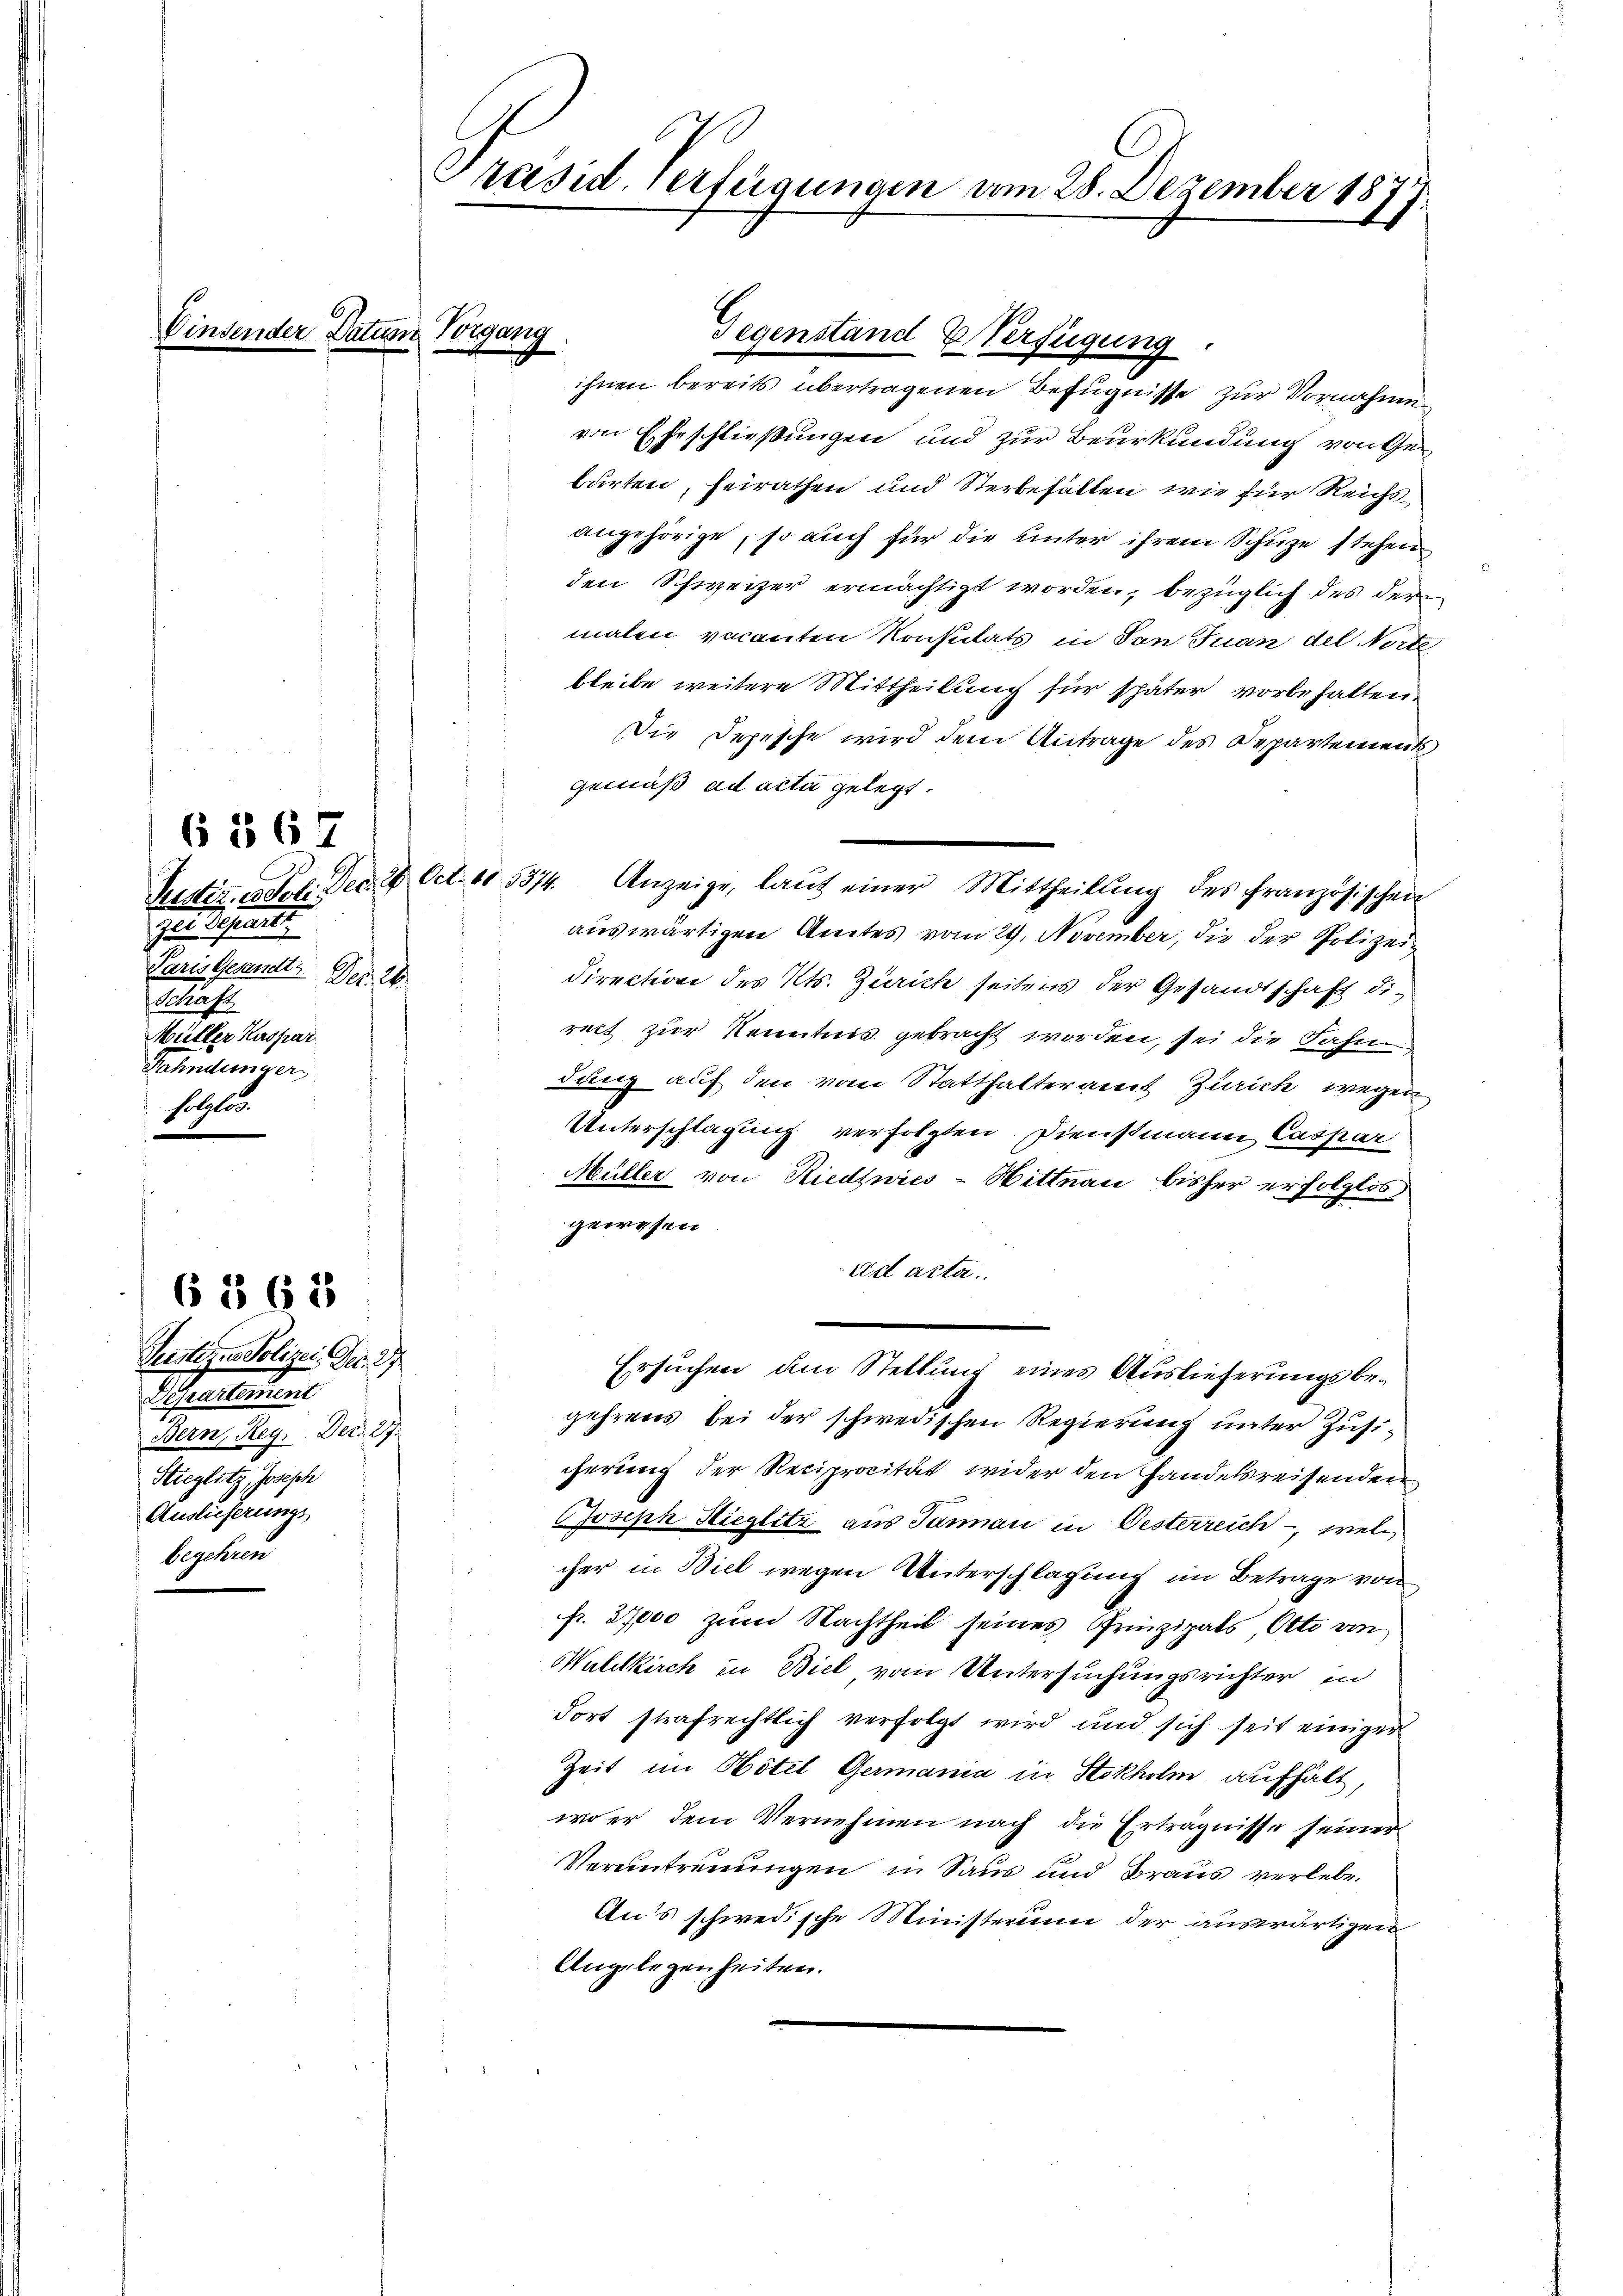
Gertigent
Paris Gesandt. Der 20
Schaft
Müller Kaspar
Fahndunger
holglos.

6 567

Sunstitus Polizei Dec. 27
Achselun
Bern, Reg. Dez. 27.
Stieglitz, Joseph
Auslieferungs
begehren

6368

Einsender Datum Vorgang

Präsid. Verfügungen am 28. Dezember 1877.

Gegenstand Verfügung.

ihnen bereits übertragenen Befugnisse zur Vornahme
von Eheschließungen und zur Beurkundung von Gebarten, heirathen und Sterbehalten, wie für Reichsangehörige, so auch für die unter ihrem Schuze stehen
den Schweizer ermächtigt worden; bezüglich des der
malen vacanten Konsulats in Son Juan der Norte
bleibe weitere Mittheilung für später vorbehalten.
Die Depesche wird dem Antrage des Departements
gemäß ad acta gelegt.
direction des Kts. Zürich seitens der Gesandtschaft die
rect zur Kenntnis gebracht worden, sei die Fahn
dung auf den vom Statthalteramt Zürich wegen
Unterschlagung verfolgten Dienstmann Caspar
Müller von Riedtwies-Hittnau bisher erfolglos
gewesen
ad acta.
Ersuchen am Stellung eines Auslieferungsbegehrens bei der schwedischen Regierung unter Zusicherung der Reciprocität wider den Handelsreisenden
Joseph Stieglitz aus Taman in Oesterreich, welcher in Biel wegen Unterschlagung im Betrage von
p. 27,000 zum Nachtheil seines Prinzipals, Otto von
Waldkirch in Biel, vom Untersuchungsrichter in
dort strafrechtlich verfolgt wird und sich seit einiger
Zeit im Hotel Germania in Stokholm aufhält,
wo er dem Vernehmen nach die Erträgnisse seiner
Veruntreuungen in Saus und Braus verlebe.
Aus schwedische Ministerium der auswärtigen
Angelegenheiten.

Rustiz. Poli. Dec. 2 Oct. 115374. Anzeige, laŭt einer Mittheilŭng des französischen
auswärtigen Amtes vom 29. November, die der Polizei